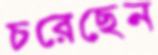
চরেছেন